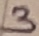
Text: 3